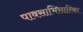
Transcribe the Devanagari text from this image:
पावसाभिसारिका